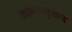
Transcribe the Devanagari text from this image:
काव्यानुशान